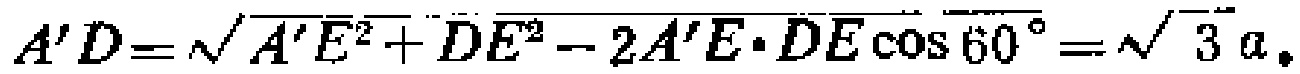
\[A'D=\sqrt{A'E^{2}+DE^{2}-2A'E\cdot DE\cos 60^{\circ}}=\sqrt{3}a。\]